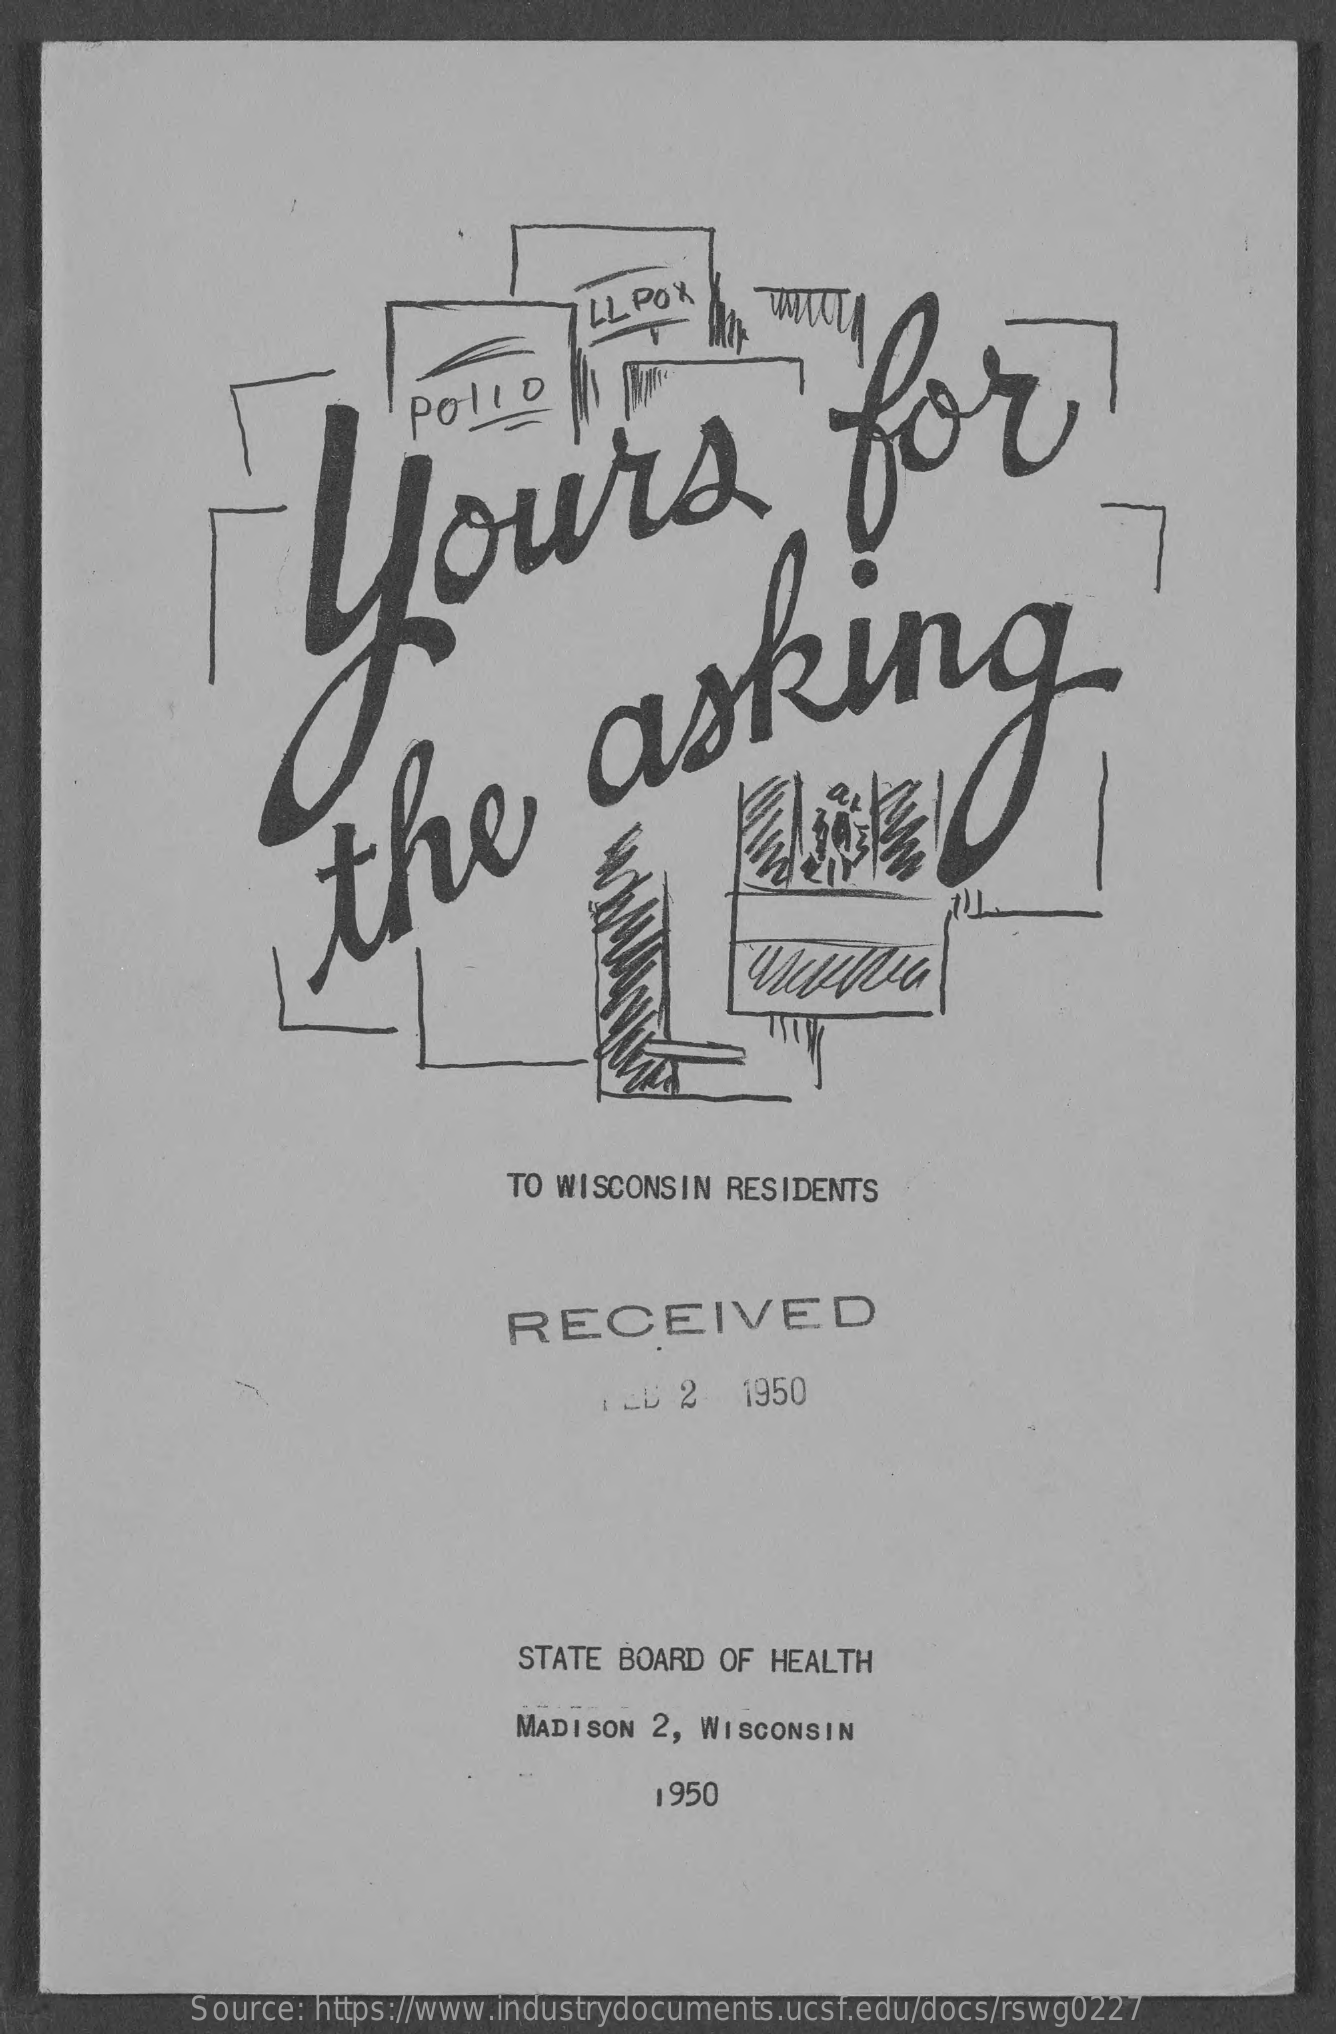
LL POX
     yours    for
     the
     asking.
     TO WISCONSIN RESIDENTS
     RECEIVED
     I &D 2  1950
     STATE BOARD  OF HEALTH
     MADISON 2, WISCONSIN
     1950
     Source: https://www.industrydocuments.ucsf.edu/docs/rswg0227